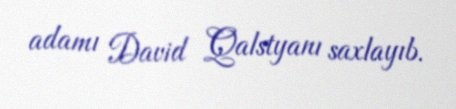
adamı David Qalstyanı saxlayıb.